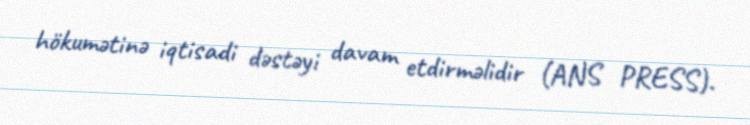
hökumətinə iqtisadi dəstəyi davam etdirməlidir (ANS PRESS).